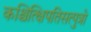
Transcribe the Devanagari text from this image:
कश्चित्क्षिपतिसत्पुत्रो